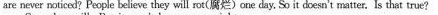
are never noticed? People believe they will rot(腐烂)ane day, So it doesn't matter. Is that true?